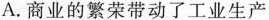
A.商业的繁荣带动了工业生产